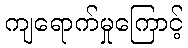
ကျရောက်မှုကြောင့်